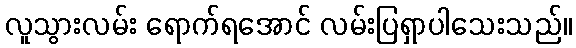
လူသွားလမ်း ရောက်ရအောင် လမ်းပြရှာပါသေးသည်။